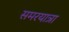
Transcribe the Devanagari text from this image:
समरयात्रा